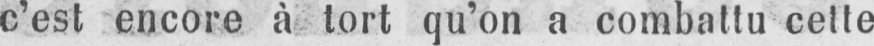
c’est encore à tort qu’on a combattu cette